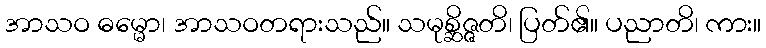
အာသဝ ဓမ္မော၊ အာသဝတရားသည်။ သမုစ္ဆိဇ္ဇတိ၊ ပြတ်၏။ ပညာတိ၊ ကား။